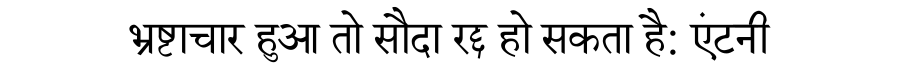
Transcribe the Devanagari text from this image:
भ्रष्टाचार हुआ तो सौदा रद्द हो सकता है: एंटनी